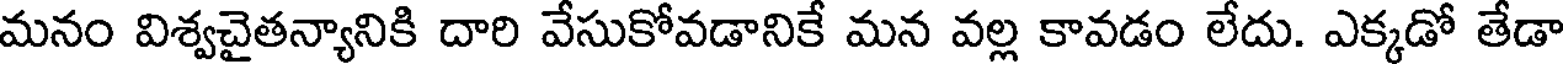
మనం విశ్వచైతన్యానికి దారి వేసుకోవడానికే మన వల్ల కావడం లేదు. ఎక్కడో తేడా